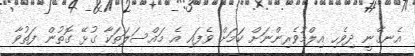
އެނގޭނީ ދިވެހި އިލްމުވެރިންނަށް ކަމަށް ވެފައި އެ މައްސަލަތަކާ ގުޅޭ ގޮތުން ފަތުވާ